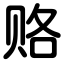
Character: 赂